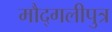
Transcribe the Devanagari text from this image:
मौद्गलीपुत्र